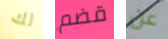
لك قضم عن